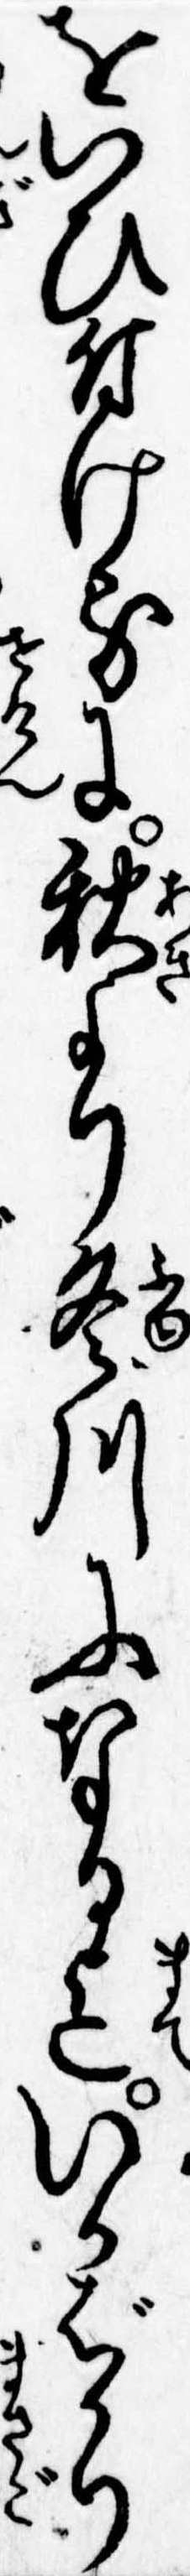
をいひ付けるに秋より冬川になる迄いかばかり